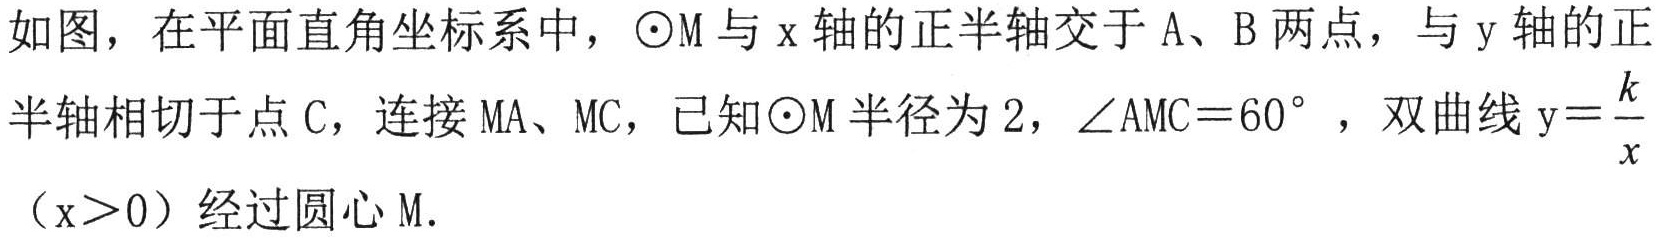
如图，在平面直角坐标系中，$\odot \mathrm{M}$与$\mathrm{x}$轴的正半轴交于$\mathrm{A}$、$\mathrm{B}$两点，与$\mathrm{y}$轴的正半轴相切于点$\mathrm{C}$，连接$\mathrm{M}\mathrm{A}$、$\mathrm{M}\mathrm{C}$，已知$\odot \mathrm{M}$半径为$2$，$\angle \mathrm{A}\mathrm{M}\mathrm{C}=60^{\circ }$，双曲线$\mathrm{y}=\dfrac{k}{x}$（$\mathrm{x}>0$）经过圆心$\mathrm{M}$.